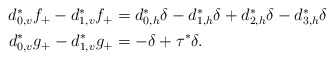
\begin{align*} \begin{aligned} d_{0,v}^*f_+ -d_{1,v}^*f_+ &= d_{0,h}^*\delta -d_{1,h}^*\delta +d_{2,h}^*\delta -d_{3,h}^*\delta \\ d_{0,v}^*g_+ -d_{1,v}^*g_+ &= -\delta + \tau^*\delta. \end{aligned} \end{align*}